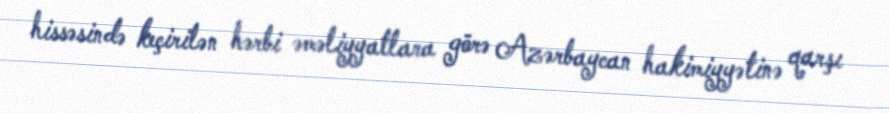
hissəsində keçirilən hərbi əməliyyatlara görə Azərbaycan hakimiyyətinə qarşı